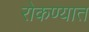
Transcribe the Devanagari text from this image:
रोकण्यात